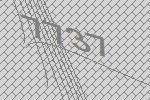
7737